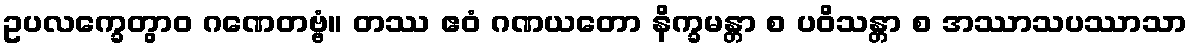
ဥပလက္ခေတွာဝ ဂဏေတဗ္ဗံ။ တဿ ဧဝံ ဂဏယတော နိက္ခမန္တာ စ ပဝိသန္တာ စ အဿာသပဿာသာ